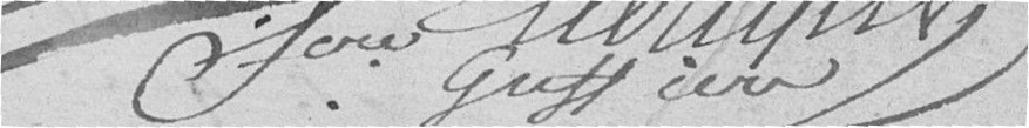
Ellerique greffier